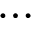
\cdots